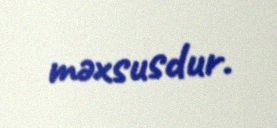
məxsusdur.